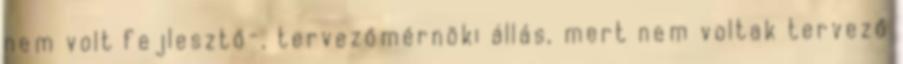
nem volt fejlesztő-, tervezőmérnöki állás, mert nem voltak tervező